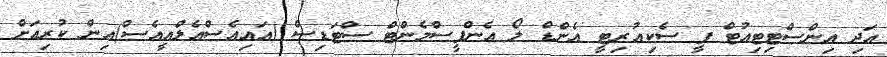
އަދި އިންސްޓިޓިއުޓް ފީ ސެކިއުރިޓީ އެންޑް ލޯ އެންފީސްމެންޓް ސްޓަޑިސް (އައިއެސްއެލްއީއެސް)އިން ކުރިއަށް